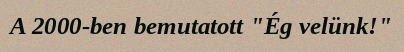
A 2000-ben bemutatott "Ég velünk!"